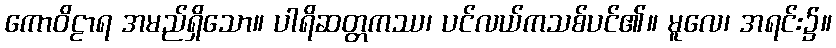
ကောဝိဠာရ အမည်ရှိသော။ ပါရိဆတ္တကဿ၊ ပင်လယ်ကသစ်ပင်၏။ မူလေ၊ အရင်း၌။